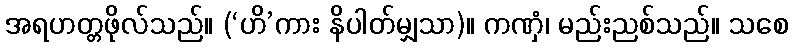
အရဟတ္တဖိုလ်သည်။ (‘ဟိ’ကား နိပါတ်မျှသာ)။ ကဏှံ၊ မည်းညစ်သည်။ သစေ